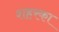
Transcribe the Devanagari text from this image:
शहरका